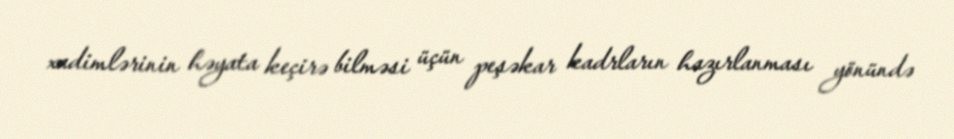
xadimlərinin həyata keçirə bilməsi üçün peşəkar kadrların hazırlanması yönündə